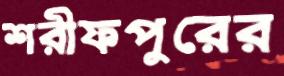
শরীফপুরের